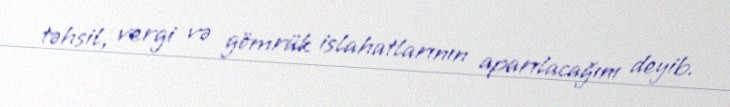
təhsil, vergi və gömrük islahatlarının aparılacağını deyib.